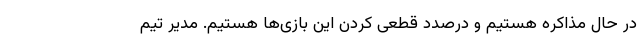
در حال مذاکره هستیم و درصدد قطعی کردن این بازی‌ها هستیم. مدیر تیم